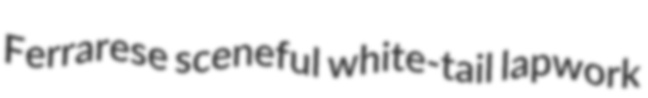
Ferrarese sceneful white-tail lapwork